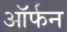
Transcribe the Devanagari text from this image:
ऑर्फन